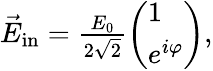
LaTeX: \begin{array}{r}{\vec{E}_{\mathrm{in}}=\frac{E_{0}}{2\sqrt 2}\left(\begin{array}{l}{1}\\ {e^{i\varphi}}\end{array}\right),}\end{array}